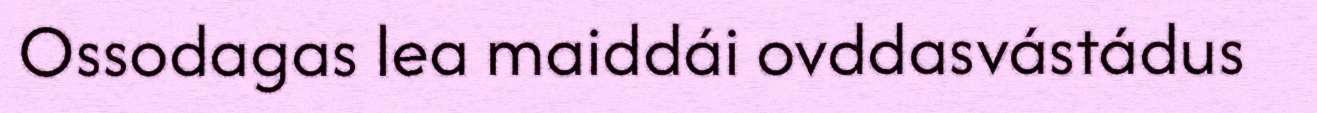
Ossodagas lea maiddái ovddasvástádus